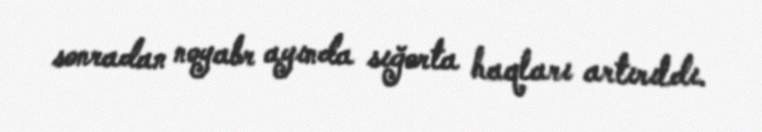
sonradan noyabr ayında sığorta haqları artırıldı.